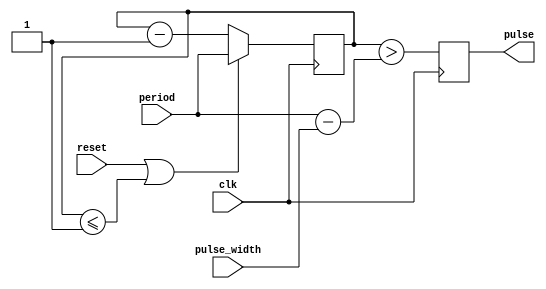
//
// Copyright 2018 Ettus Research, a National Instruments Company
//
// SPDX-License-Identifier: LGPL-3.0-or-later
//
// Module: pulse_generator
// Description:
// Generates pulses of a given width at intervals of a given period based on
// a given input clock.

module pulse_generator #(parameter WIDTH = 32) (
  input  wire             clk,          /* clock */
  input  wire             reset,        /* reset */
  input  wire [WIDTH-1:0] period,       /* period, in clk cycles */
  input  wire [WIDTH-1:0] pulse_width,  /* pulse width, in clk cycles */
  output reg              pulse         /* pulse */
);
  reg [WIDTH-1:0] count = 0;

  always @(posedge clk) begin
    if (reset | count <= 1)
      count <= period;
    else
      count <= count - 1;

    pulse <= (count > (period - pulse_width));
  end

endmodule //pulse_generator